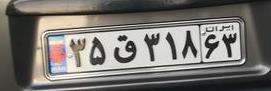
۳۵ق۳۱۸۶۳